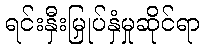
ရင်းနှီးမြှုပ်နှံမှုဆိုင်ရာ